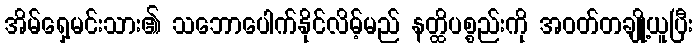
အိမ်ရှေ့မင်းသား၏ သဘောပေါက်နိုင်လိမ့်မည် နတ္ထိပစ္စည်းကို အဝတ်တချို့ယူပြီး